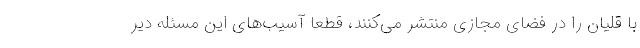
با قلیان را در فضای مجازی منتشر می‌کنند، قطعا آسیب‌های این مسئله دیر